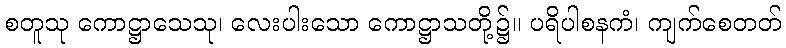
စတူသု ကောဋ္ဌာသေသု၊ လေးပါးသော ကောဋ္ဌာသတို့၌။ ပရိပါစနကံ၊ ကျက်စေတတ်